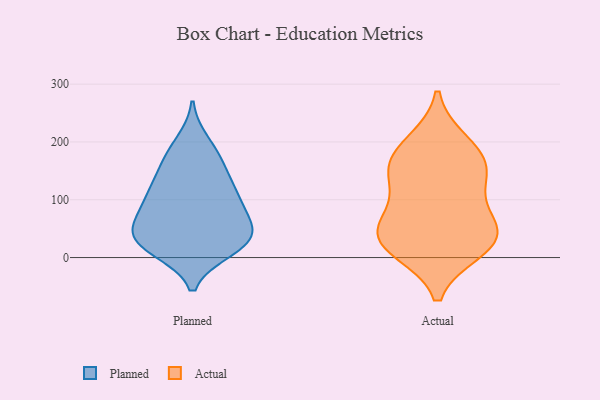
{"axis": {"x": "Market Share (%)", "y": "Value"}, "legend": ["Actual", "Planned"], "data": [{"x": "", "y": 21, "type": "Planned"}, {"x": "", "y": 135, "type": "Planned"}, {"x": "", "y": 171, "type": "Planned"}, {"x": "", "y": 31, "type": "Planned"}, {"x": "", "y": 107, "type": "Planned"}, {"x": "", "y": 25, "type": "Planned"}, {"x": "", "y": 75, "type": "Planned"}, {"x": "", "y": 56, "type": "Planned"}, {"x": "", "y": 40, "type": "Planned"}, {"x": "", "y": 105, "type": "Planned"}, {"x": "", "y": 199, "type": "Planned"}, {"x": "", "y": 87, "type": "Planned"}, {"x": "", "y": 56, "type": "Planned"}, {"x": "", "y": 14, "type": "Planned"}, {"x": "", "y": 24, "type": "Planned"}, {"x": "", "y": 170, "type": "Planned"}, {"x": "", "y": 124, "type": "Planned"}, {"x": "", "y": 179, "type": "Actual"}, {"x": "", "y": 56, "type": "Actual"}, {"x": "", "y": 131, "type": "Actual"}, {"x": "", "y": 27, "type": "Actual"}, {"x": "", "y": 158, "type": "Actual"}, {"x": "", "y": 15, "type": "Actual"}, {"x": "", "y": 198, "type": "Actual"}, {"x": "", "y": 28, "type": "Actual"}, {"x": "", "y": 37, "type": "Actual"}, {"x": "", "y": 73, "type": "Actual"}, {"x": "", "y": 144, "type": "Actual"}]}